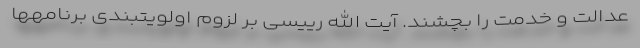
عدالت و خدمت را بچشند. آیت الله رییسی بر لزوم اولویتبندی برنامهها